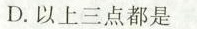
D.以上三点都是